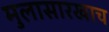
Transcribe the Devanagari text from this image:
मुलासारखाच